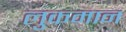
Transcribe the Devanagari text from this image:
लुकमान